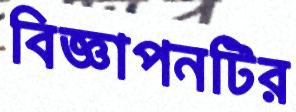
বিজ্ঞাপনটির